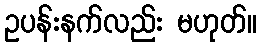
ဥပန်းနက်လည်း မဟုတ်။